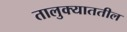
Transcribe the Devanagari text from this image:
तालुक्याततील